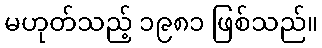
မဟုတ်သည့် ၁၉၈၁ ဖြစ်သည်။